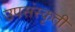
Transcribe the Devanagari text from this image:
उपसंस्कृती